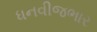
ધનવીજભાર